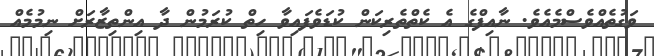
ވަގުތެއްވެސްމެއެވެ. ނާއިފްގެ އެ ކެތްތެރިކަން ކުޑަވެފައިވާ ހިތް ކުރަމުން ދާ އިންތިޒާރަށް ނިމުމެއް